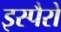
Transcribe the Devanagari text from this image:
इस्पैरो